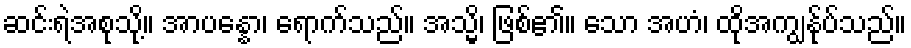
ဆင်းရဲအစုသို့။ အာပန္နော၊ ရောက်သည်။ အသ္မိ၊ ဖြစ်၏။ သော အဟံ၊ ထိုအကျွန်ုပ်သည်။